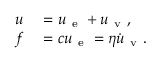
\begin{array} { r l } { u } & { { } = u _ { \mathrm { ~ e ~ } } + u _ { \mathrm { ~ v ~ } } , } \\ { f } & { { } = c u _ { \mathrm { ~ e ~ } } = \eta \dot { u } _ { \mathrm { ~ v ~ } } . } \end{array}